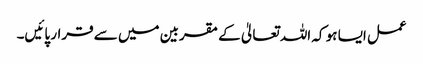
عمل ایسا ہو کہ اللہ تعالیٰ کے مقربین میں سے قرار پائیں۔